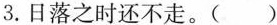
3.日落之时还不走。( )